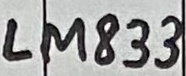
Text: LM833